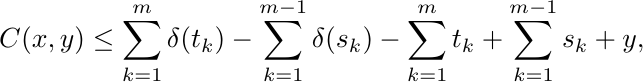
\begin{equation*}
C(x,y) \le \sum_{k=1}^m\delta(t_k) - \sum_{k=1}^{m-1} \delta(s_k) - \sum_{k=1}^m t_k + \sum_{k=1}^{m-1} s_k + y,
\end{equation*}